Source: Handwritten
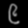
Digit: ၉ (9)